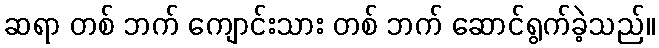
ဆရာ တစ် ဘက် ကျောင်းသား တစ် ဘက် ဆောင်ရွက်ခဲ့သည်။